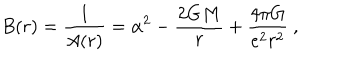
B ( r ) = \frac 1 { A ( r ) } = \alpha ^ { 2 } - \frac { 2 G M } r + \frac { 4 \pi G } { e ^ { 2 } r ^ { 2 } } \ ,